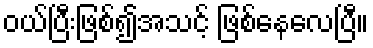
ဝယ်ပြီးဖြစ်၍အသင့် ဖြစ်နေလေပြီ။